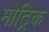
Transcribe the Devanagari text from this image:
मोट्रिक